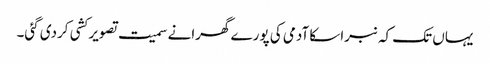
یہاں تک کہ نبراسکا آدمی کی پورے گھرانے سمیت تصویر کشی کردی گئی۔